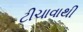
ટીચાવાથી